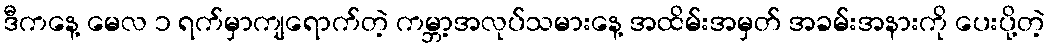
ဒီကနေ့ မေလ ၁ ရက်မှာကျရောက်တဲ့ ကမ္ဘာ့အလုပ်သမားနေ့ အထိမ်းအမှတ် အခမ်းအနားကို ပေးပို့တဲ့